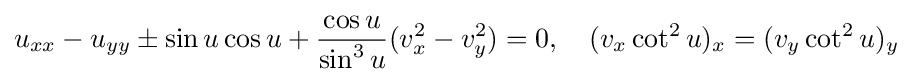
\displaystyle u_{xx}-u_{yy}\pm \sin u\cos u+{\frac {\cos u}{\sin ^{3}u}}(v_{x}^{2}-v_{y}^{2})=0,\quad \displaystyle (v_{x}\cot ^{2}u)_{x}=(v_{y}\cot ^{2}u)_{y}